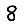
Digit: 8